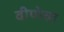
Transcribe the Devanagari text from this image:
वीणेचा